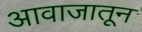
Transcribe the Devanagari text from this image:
आवाजातून